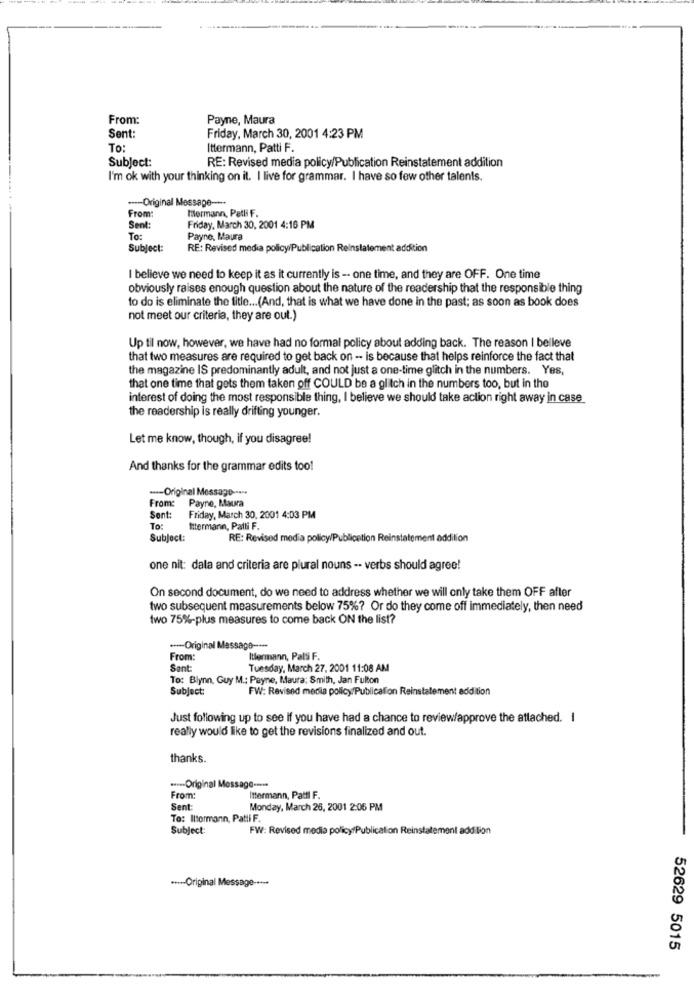
From:
Payne, Maura
Sent:
Friday, March 30, 2001 4:23 PM
To:
Ittermann, Patti F.
Subject:
RE: Revised media policy/Publication Reinstatement addition
I'm ok with your thinking on it. I live for grammar. I have so few other talents.
.--- Original Message ----
From:
Mormann, Palli F.
Sent:
Friday, March 30, 2001 4:16 PM
To:
Payne, Maur
Subject:
RE: Revised media policy/Publication Reinstatement addition
I believe we need to keep it as it currently is -- one time, and they are OFF. One time
obviously raises enough question about the nature of the readership that the responsible thing
to do is eliminate the title ... (And, that is what we have done in the past; as soon as book does
not meet our criteria, they are out.)
Up til now, however, we have had no formal policy about adding back. The reason I belleve
that two measures are required to get back on - is because that helps reinforce the fact that
the magazine IS predominantly adult, and not just a one-time glitch in the numbers. Yes,
that one time that gets them taken off COULD be a glitch in the numbers too, but in the
interest of doing the most responsible thing, I believe we should take action right away in case
the readership is really drifting younger.
Let me know, though, if you disagree!
And thanks for the grammar edits too!
---- Original Message --...
From: Payne, Maura
Sent:
Friday, March 30, 2001 4:03 PM
To:
Ittermann, Palli F.
Subject:
RE: Revised media policy/Publication Reinstatement addition
one nit: dala and criteria are plural nouns -- verbs should agree!
On second document, do we need to address whether we will only take them OFF after
two subsequent measurements below 75%? Or do they come off immediately, then need
two 75%-plus measures to come back ON the list?
--- Original Message ---
From:
Itermann, Pals F.
Sant:
Tuesday, March 27, 2001 11:08 AM
To: Blynn, Guy M .: Payne, Maura: Smith, Jan Fulton
Subject:
FW: Revised media policy./Publication Reinstatement addition
Just following up to see if you have had a chance to review/approve the attached. I
really would like to get the revisions finalized and out.
thanks.
**--- Original Message ---
From:
Ittermann, Patti F.
Sent
Monday, March 26, 2001 2:06 PM
To: Iltormann, Patti F.
Subject:
FW: Revised media policy/Publication Reinstatement addition
···-- Original Message -**-*
52629 5015